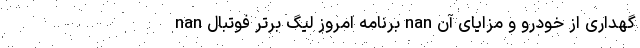
گهداری از خودرو و مزایای آن nan برنامه امروز لیگ برتر فوتبال nan